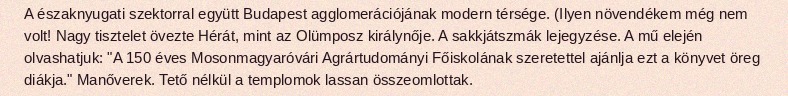
A északnyugati szektorral együtt Budapest agglomerációjának modern térsége. (Ilyen növendékem még nem volt! Nagy tisztelet övezte Hérát, mint az Olümposz királynője. A sakkjátszmák lejegyzése. A mű elején olvashatjuk: "A 150 éves Mosonmagyaróvári Agrártudományi Főiskolának szeretettel ajánlja ezt a könyvet öreg diákja." Manőverek. Tető nélkül a templomok lassan összeomlottak.